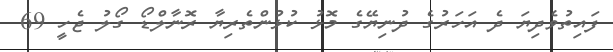
ފައިތުވެދިޔަ ދެ އަހަރުގެ ދުނިޔޭގެ މޮޅު ކުޅުންތެރިޔާ ރޮނާލްޑޯ ގޯލު ޖެހީ 69